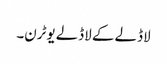
لاڈلے کے لاڈلے یوٹرن۔